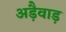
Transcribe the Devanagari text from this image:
अड़ैवाड़